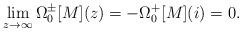
\begin{align*} \lim\limits_{z \rightarrow \infty} \Omega_{0}^{\pm}[M](z) = - \Omega_{0}^{+}[M](i) = 0.\end{align*}